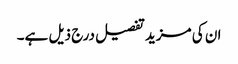
ان کی مزید تفصیل درج ذیل ہے۔